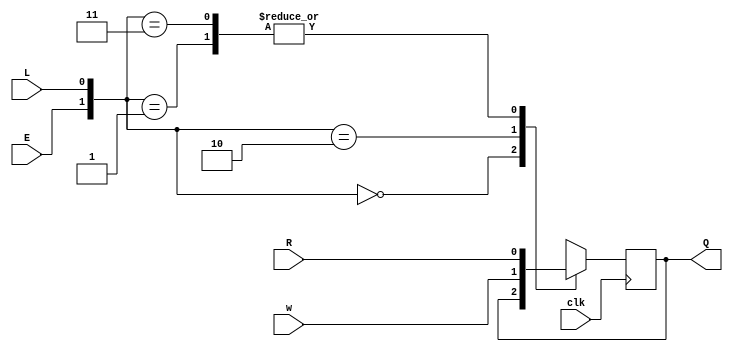
module top_module (
    input clk,
    input w, R, E, L,
    output Q
);
    always @ (posedge clk) 
        case ({E, L})
            2'b00 : Q <= Q;
            2'b01 : Q <= R;
            2'b10 : Q <= w;
            2'b11 : Q <= R;
        endcase
    
    //alternate method with 2 ternary operator (cond ? iftrue : iffalse)
    /*
    wire d, wire_mux;
    assign wire_mux = E ? w : Q;
    assign d = L ? R : wire_mux;
    always @ (posedge clk)
        Q <= d;
    */

endmodule